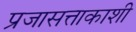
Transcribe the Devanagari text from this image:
प्रजासत्ताकाशी